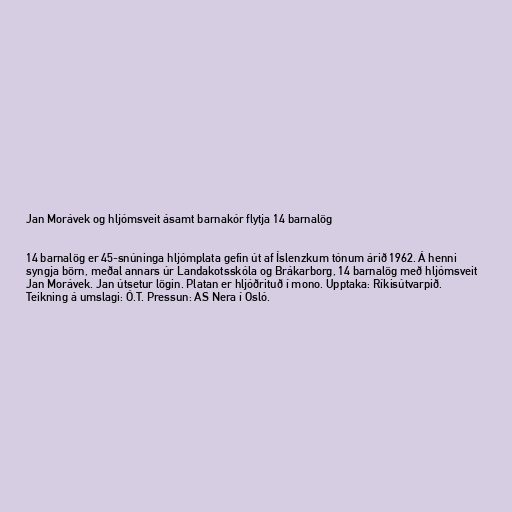
Jan Morávek og hljómsveit ásamt barnakór flytja 14 barnalög

14 barnalög er 45-snúninga hljómplata gefin út af Íslenzkum tónum árið 1962. Á henni
syngja börn, meðal annars úr Landakotsskóla og Brákarborg, 14 barnalög með hljómsveit
Jan Morávek. Jan útsetur lögin. Platan er hljóðrituð í mono. Upptaka: Ríkisútvarpið.
Teikning á umslagi: Ó.T. Pressun: AS Nera í Osló.